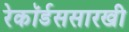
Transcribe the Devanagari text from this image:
रेकॉर्डससारखी